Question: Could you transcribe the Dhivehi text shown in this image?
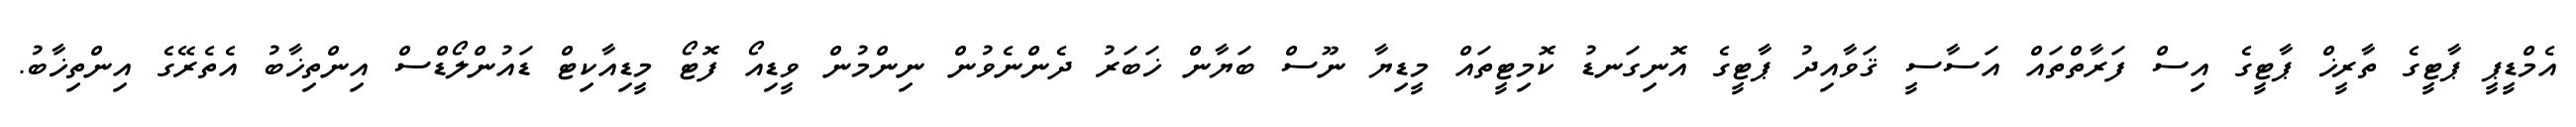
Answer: އެމްޑީޕީ ޕާޓީގެ ތާރީޚް ޕާޓީގެ އިސް ފަރާތްތައް އަސާސީ ޤަވާއިދު ޕާޓީގެ އޮނިގަނޑު ކޮމިޓީތައް މީޑިޔާ ނޫސް ބަޔާން ޚަބަރު ދެންނެވުން ނިންމުން ވީޑިއޯ ފޮޓޯ މީޑިއާކިޓް ޑައުންލޯޑްސް އިންތިޚާބު އެތެރޭގެ އިންތިޚާބު.